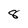
Character: 8